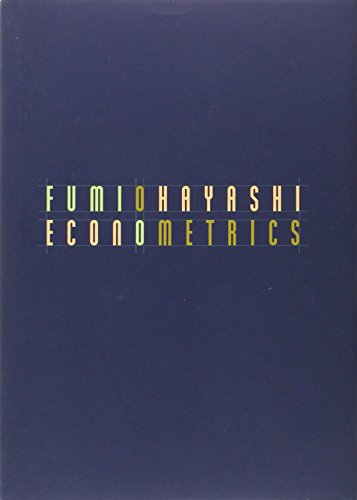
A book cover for Econometrics; Fumio Hayashi; Business & Money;